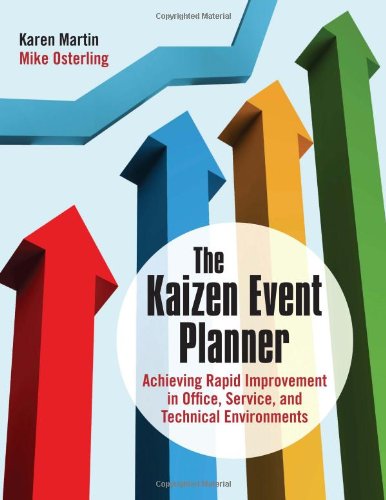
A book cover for The Kaizen Event Planner: Achieving Rapid Improvement in Office, Service, and Technical Environments; Karen Martin; Business & Money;